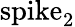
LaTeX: \mathrm{spike}_{2}